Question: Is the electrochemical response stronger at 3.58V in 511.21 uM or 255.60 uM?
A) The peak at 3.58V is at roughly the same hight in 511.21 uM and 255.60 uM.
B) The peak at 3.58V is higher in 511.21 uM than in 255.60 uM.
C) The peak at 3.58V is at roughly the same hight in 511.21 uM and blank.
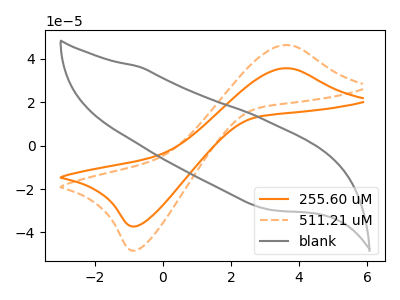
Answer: <think>The orange curve "255.60 uM" has an anodic peak at (3.60V, 35.70uA) and a cathodic peak at (-0.80V, -37.20uA). The orange dashed curve "511.21 uM" has an anodic peak at (3.60V, 46.40uA) and a cathodic peak at (-0.80V, -48.30uA). The gray curve "blank" has no peaks.</think>
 <answer>B) The peak at 3.58V is higher in "511.21 uM" than in "255.60 uM".</answer>
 <eval>B</eval>